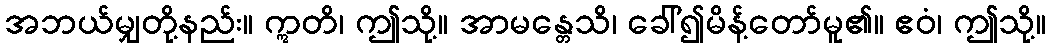
အဘယ်မျှတို့နည်း။ ဣတိ၊ ဤသို့။ အာမန္တေသိ၊ ခေါ်၍မိန့်တော်မူ၏။ ဧဝံ၊ ဤသို့။